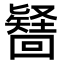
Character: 𭍶